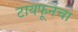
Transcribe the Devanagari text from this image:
टायफूनचा